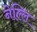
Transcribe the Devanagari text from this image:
नेल्लि